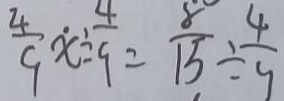
\frac { 4 } { 9 } x \div \frac { 4 } { 9 } = \frac { 8 } { 1 5 } \div \frac { 4 } { 9 }